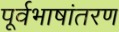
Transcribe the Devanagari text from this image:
पूर्वभाषांतरण